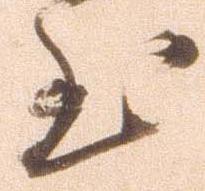
至